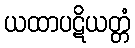
ယထာပဋိယတ္တံ